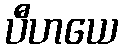
ပီဟယေ